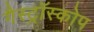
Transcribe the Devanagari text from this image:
गैस्ट्रॉस्कोप